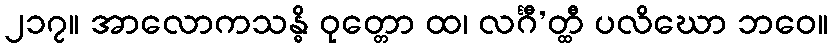
၂၁၇။ အာလောကသန္ဓိ ဝုတ္တော ထ၊ လင်္ဂီ’တ္ထီ ပလိဃော ဘဝေ။